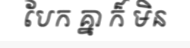
បែក គ្នា ក៏ មិន